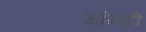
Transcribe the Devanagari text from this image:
जांगड़ी